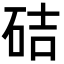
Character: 硈